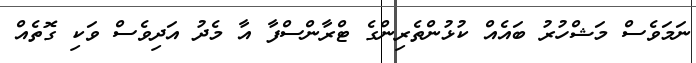
ނަމަވެސް މަޝްހުރު ބައެއް ކުޅުންތެރިންގެ ޓްރާންސްފާ އާ މެދު އަދިވެސް ވަކި ގޮތެއް